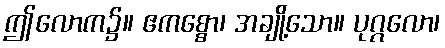
ဤလောက၌။ ဧကစ္စော၊ အချို့သော။ ပုဂ္ဂလော၊